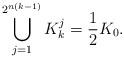
LaTeX: \begin{align*}\bigcup_{j=1}^{2^{n(k-1)}}K_k^j=\frac12 K_0. \end{align*}